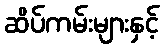
ဆိပ်ကမ်းများနှင့်